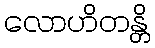
လောဟိတန္တိ